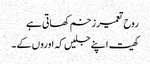
روح تعمیر زخم کھاتی ہے
کھیت اپنے جلیں کہ اوروں کے ۔